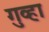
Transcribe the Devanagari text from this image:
गुव्हा